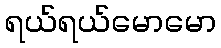
ရယ်ရယ်မောမော